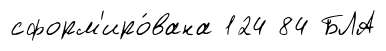
сформ'иро́вана 124 84 БЛА